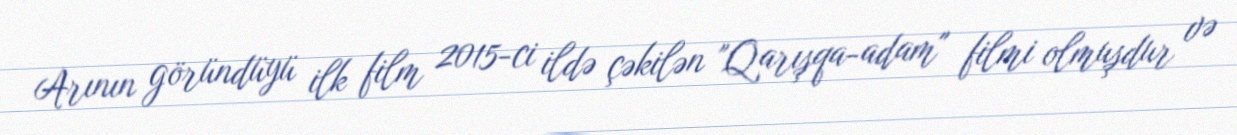
Arının göründüyü ilk film 2015-ci ildə çəkilən "Qarışqa-adam" filmi olmuşdur və